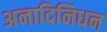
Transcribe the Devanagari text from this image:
अनादिनिधन